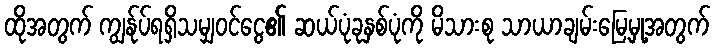
ထိုအတွက် ကျွန်ုပ်ရရှိသမျှဝင်ငွေ၏ ဆယ်ပုံခုနှစ်ပုံကို မိသားစု သာယာချမ်းမြေ့မှု့အတွက်